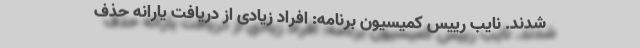
شدند. نایب رییس کمیسیون برنامه: افراد زیادی از دریافت یارانه حذف